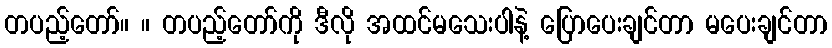
တပည့်တော်။ ။ တပည့်တော်ကို ဒီလို အထင်မသေးပါနဲ့ ပြောပေးချင်တာ မပေးချင်တာ